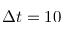
\Delta t = 1 0